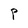
Character: P